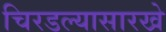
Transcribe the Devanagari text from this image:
चिरडल्यासारखे